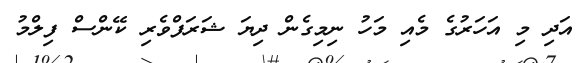
އަދި މި އަހަރުގެ މެއި މަހު ނިމިގެން ދިޔަ ޝަރަފްވެރި ކޭންސް ފިލްމު